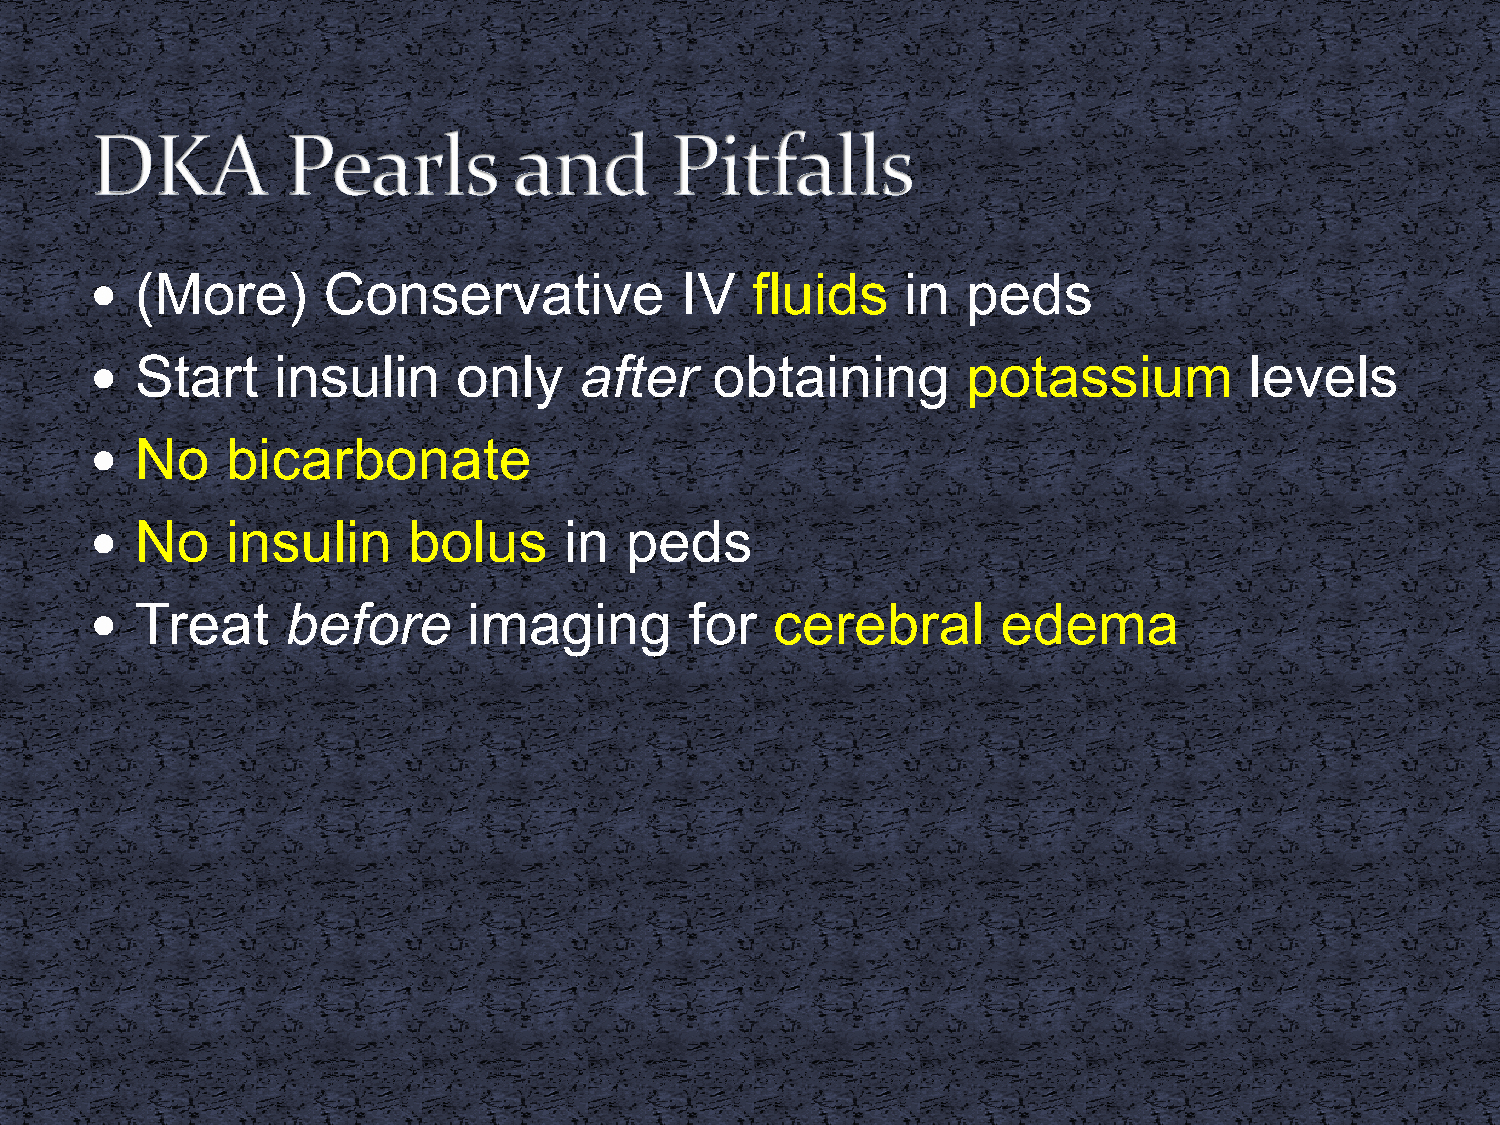
  (More)      Conservative            IV   fluids    in  peds
   Start    insulin     only    after    obtaining        potassium          levels
   No    bicarbonate
   No    insulin     bolus     in  peds
   Treat     before      imaging        for  cerebral       edema